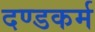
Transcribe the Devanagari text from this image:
दण्डकर्म